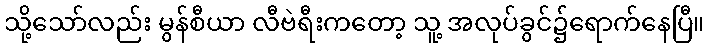
သို့သော်လည်း မွန်စီယာ လီဗဲရီးကတော့ သူ့ အလုပ်ခွင်၌ရောက်နေပြီ။